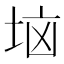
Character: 垴